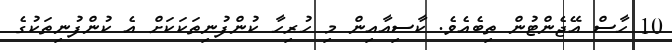
10 ހާސް އޭޖެންޓުން ތިބެއެވެ. ކާސިއާއިން މި ހުރިހާ ކުންފުނިތަކަކަށް އެ ކުންފުނިތަކުގެ